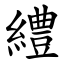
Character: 䌡